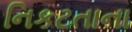
નિકટતાના